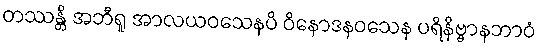
တဿန္တိ အဘီရူ အာလယဝသေနပိ ဝိနောဒနဝသေန ပရိနိဗ္ဗာနဘာဝံ